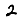
Digit: 2